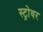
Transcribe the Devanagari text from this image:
स्ट्रोवर